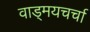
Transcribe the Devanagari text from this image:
वाड्मयचर्चा